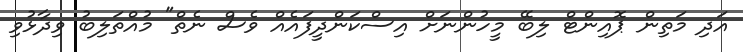
އަދި މަތިން ޕޮއިންޓް ލިބޭ މީހުންނަށް އިސްކަންދީފައެއް ވެސް ނެތް" މުއްތަލިބު ވިދާޅުވި